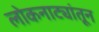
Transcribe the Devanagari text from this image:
लोकनाट्यांतून